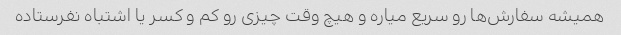
همیشه سفارش‌ها رو سریع میاره و هیچ وقت چیزی رو کم و کسر یا اشتباه نفرستاده